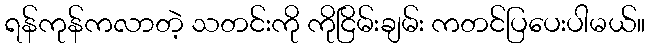
ရန်ကုန်ကလာတဲ့ သတင်းကို ကိုငြိမ်းချမ်း ကတင်ပြပေးပါမယ်။